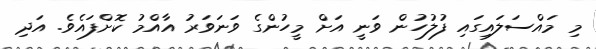
މި މައްސަލައިގައި ފުލުހުން ވަނީ އަށް މީހުންގެ ވަނަވަރު އާއްމު ކޮށްފައެވެ. އަދި